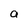
Character: a